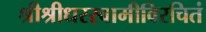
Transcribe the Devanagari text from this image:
श्रीश्रीधरस्वामीविरचितं